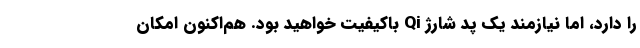
را دارد، اما نیازمند یک پد شارژ Qi باکیفیت خواهید بود. هم‌اکنون امکان